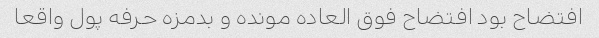
افتضاح بود افتضاح فوق العاده مونده و بدمزه حرفه پول واقعا